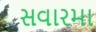
સવારમા